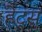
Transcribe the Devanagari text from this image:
हेट्स